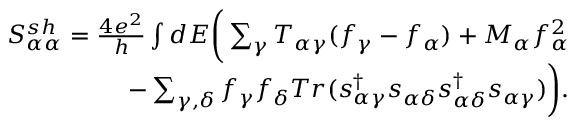
\begin{array} { r } { { S _ { \alpha \alpha } ^ { s h } } = \frac { 4 e ^ { 2 } } { h } \int d E \bigg ( \sum _ { \gamma } T _ { \alpha \gamma } ( f _ { \gamma } - f _ { \alpha } ) + M _ { \alpha } f _ { \alpha } ^ { 2 } } \\ { - \sum _ { \gamma , \delta } f _ { \gamma } f _ { \delta } T r ( s _ { \alpha \gamma } ^ { \dagger } s _ { \alpha \delta } s _ { \alpha \delta } ^ { \dagger } s _ { \alpha \gamma } ) \bigg ) . } \end{array}